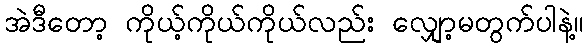
အဲဒီတော့ ကိုယ့်ကိုယ်ကိုယ်လည်း လျှော့မတွက်ပါနဲ့။